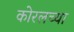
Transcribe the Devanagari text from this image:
काेरलच्या